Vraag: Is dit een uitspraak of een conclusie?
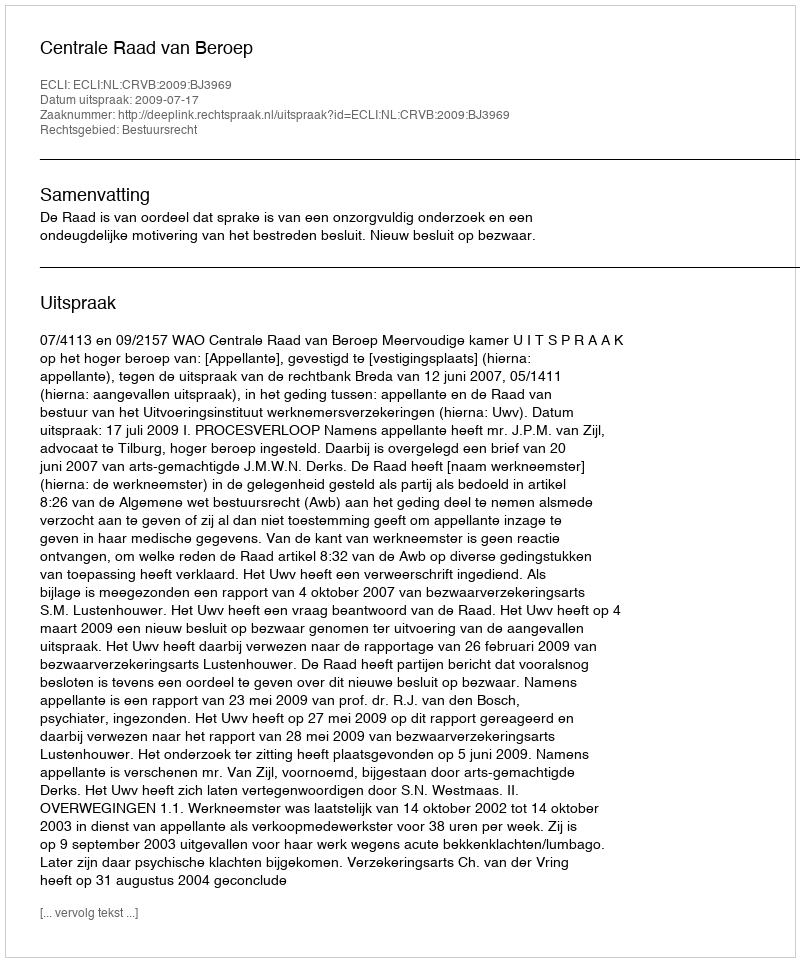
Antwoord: Uitspraak